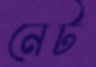
নেট